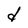
Character: d